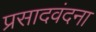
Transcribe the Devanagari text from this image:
प्रसादवंदना